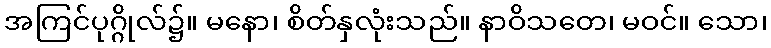
အကြင်ပုဂ္ဂိုလ်၌။ မနော၊ စိတ်နှလုံးသည်။ နာဝိသတေ၊ မဝင်။ သော၊